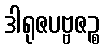
ဒါရုဇပဗ္ဗဇဉ္စ